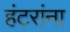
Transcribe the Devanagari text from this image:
हंटरांना